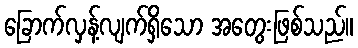
ခြောက်လှန့်လျက်ရှိသော အတွေးဖြစ်သည်။